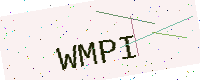
Text: WMPI